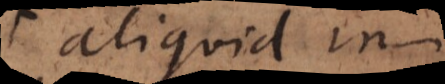
aliquid in